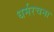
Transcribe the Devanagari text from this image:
धर्मरचना